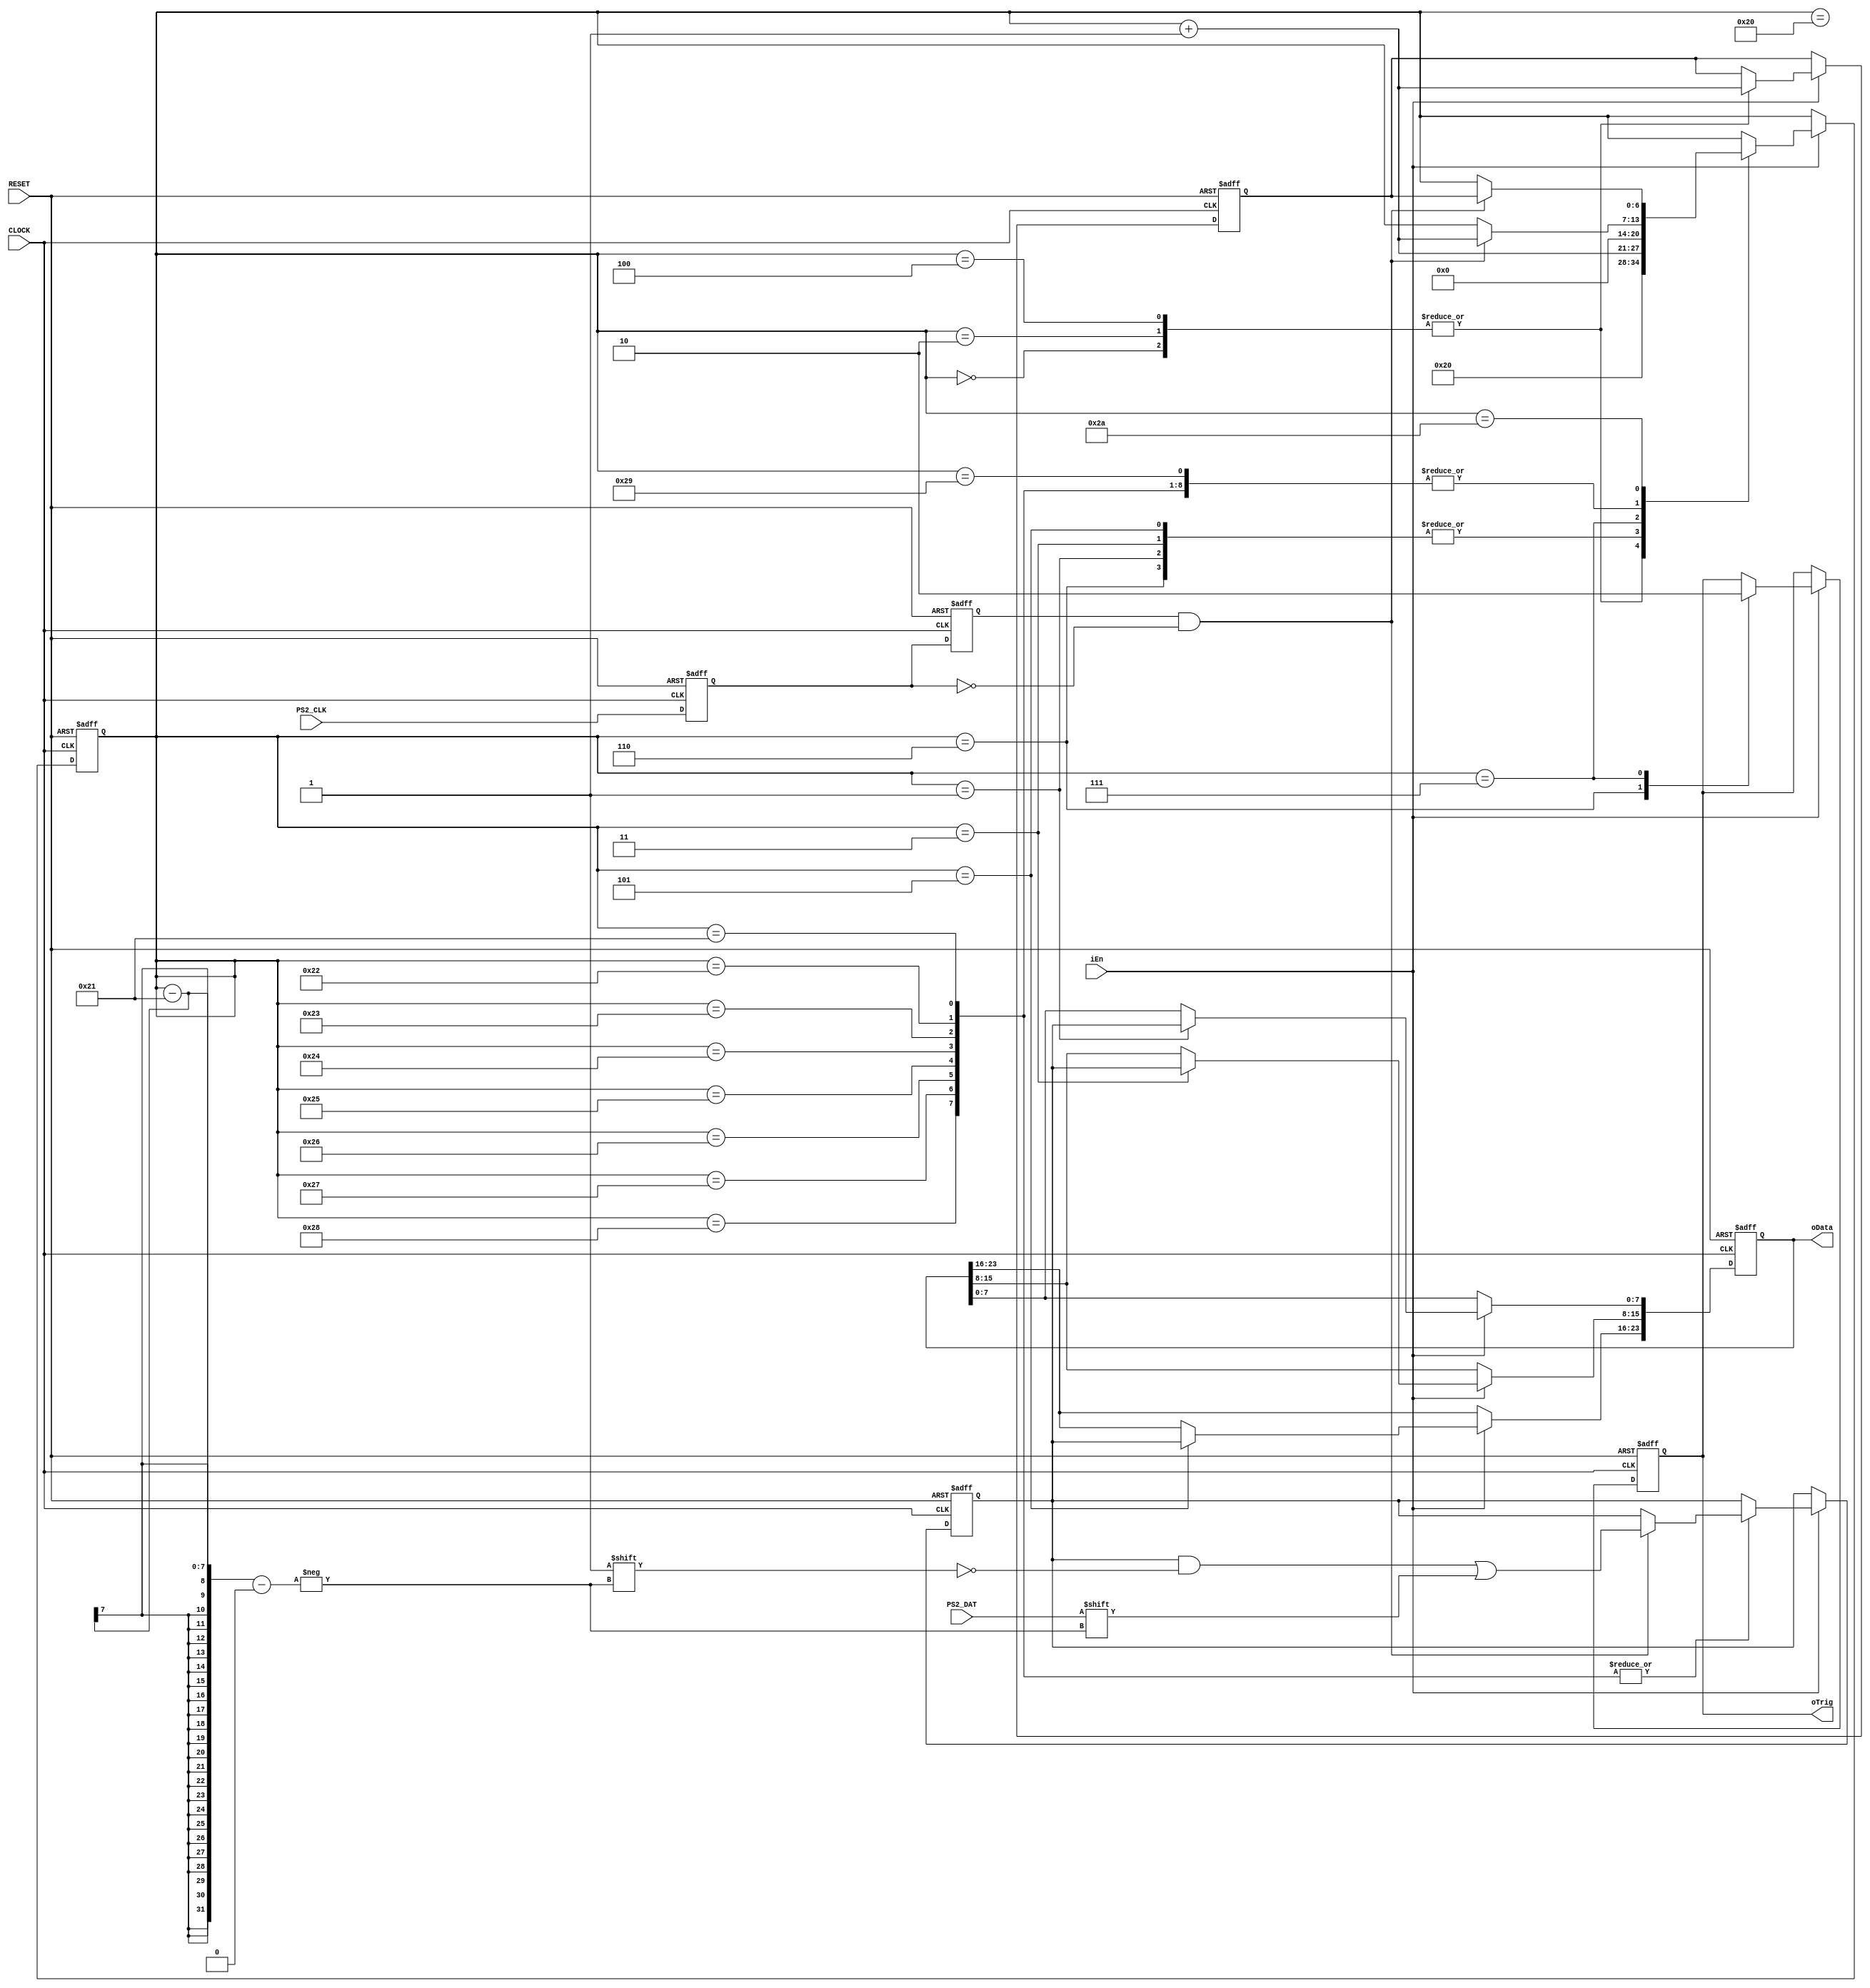
`timescale 1ns / 1ps

module ps2_read_funcmod(
    input CLOCK, RESET,
    input PS2_CLK,PS2_DAT,
    input iEn,
    output oTrig,
    output [23:0]oData
    );  

    parameter FF_Read = 7'd32; //
    /*******************************/ // sub1
 
    reg F2,F1; 
    always @ ( posedge CLOCK or negedge RESET )
        if( !RESET )
            { F2,F1 } <= 2'b11;
        else 
            { F2, F1 } <= { F1, PS2_CLK };

    /*******************************/ // core
             
    wire isH2L = ( F2 == 1'b1 && F1 == 1'b0 );//

    reg [23:0]D1;
    reg [7:0]T;
    reg [6:0]i,Go;
    reg isDone;
    always @ ( posedge CLOCK or negedge RESET )
        if( !RESET ) begin //
            D1 <= 24'd0;
            T <= 8'd0;
            { i,Go } <= { 7'd0,7'd0 };
            isDone <= 1'b0;
        end
        else if( iEn )  
        case( i )             
        /*********/ // Normal mouse 36 if( iEn ) iEn0~12~34~56~7i0
            0: // Read 1st byte
                begin i <= FF_Read; Go <= i + 1'b1; end

            1: // Store 1st byte
                begin D1[7:0] <= T; i <= i + 1'b1; end

            2: // Read 2nd byte
                begin i <= FF_Read; Go <= i + 1'b1; end

            3: // Store 2nd byte
                begin D1[15:8] <= T; i <= i + 1'b1; end
  
            4: // Read 3rd byte
                begin i <= FF_Read; Go <= i + 1'b1; end

            5: // Store 3rd byte
                begin D1[23:16] <= T; i <= i + 1'b1; end

            6:
                begin isDone <= 1'b1; i <= i + 1'b1; end
   
            7:
                begin isDone <= 1'b0; i <= 7'd0; end                       
        /****************/ // PS2 Write Function 32~42
            
            32: // Start bit
                if( isH2L ) i <= i + 1'b1; 

            33,34,35,36,37,38,39,40:  // Data byte
                if( isH2L ) begin T[i-33] <= PS2_DAT; i <= i + 1'b1;  end

            41: // Parity bit
                if( isH2L ) i <= i + 1'b1;

            42: // Stop bit
                if( isH2L ) i <= Go;
           
        endcase
                 
    assign oTrig = isDone;
    assign oData = D1;
   
endmodule